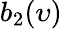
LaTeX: b_{2}(\upsilon)